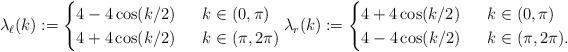
LaTeX: \begin{align*} \lambda_{\ell}(k) := \begin{cases} 4-4\cos(k/2) & \ \ k \in (0,\pi) \\ 4+4\cos(k/2) & \ \ k \in (\pi,2\pi) \end{cases} \lambda_{r}(k) := \begin{cases} 4+4\cos(k/2) & \ \ k \in (0,\pi) \\ 4-4\cos(k/2) & \ \ k \in (\pi,2\pi). \end{cases}\end{align*}